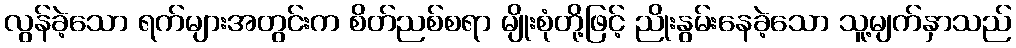
လွန်ခဲ့သော ရက်များအတွင်းက စိတ်ညစ်စရာ မျိုးစုံတို့ဖြင့် ညိုးနွမ်းနေခဲ့သော သူ့မျက်နှာသည်